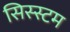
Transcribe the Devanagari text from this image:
सिस्स्टम